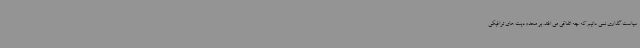
سیاست گذاری نمی دانیم که چه اتفاقی می افتد. بر محدودیت های ترافیکی